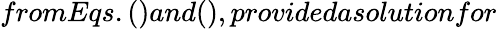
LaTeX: fromEqs.()and(),providedasolutionfor